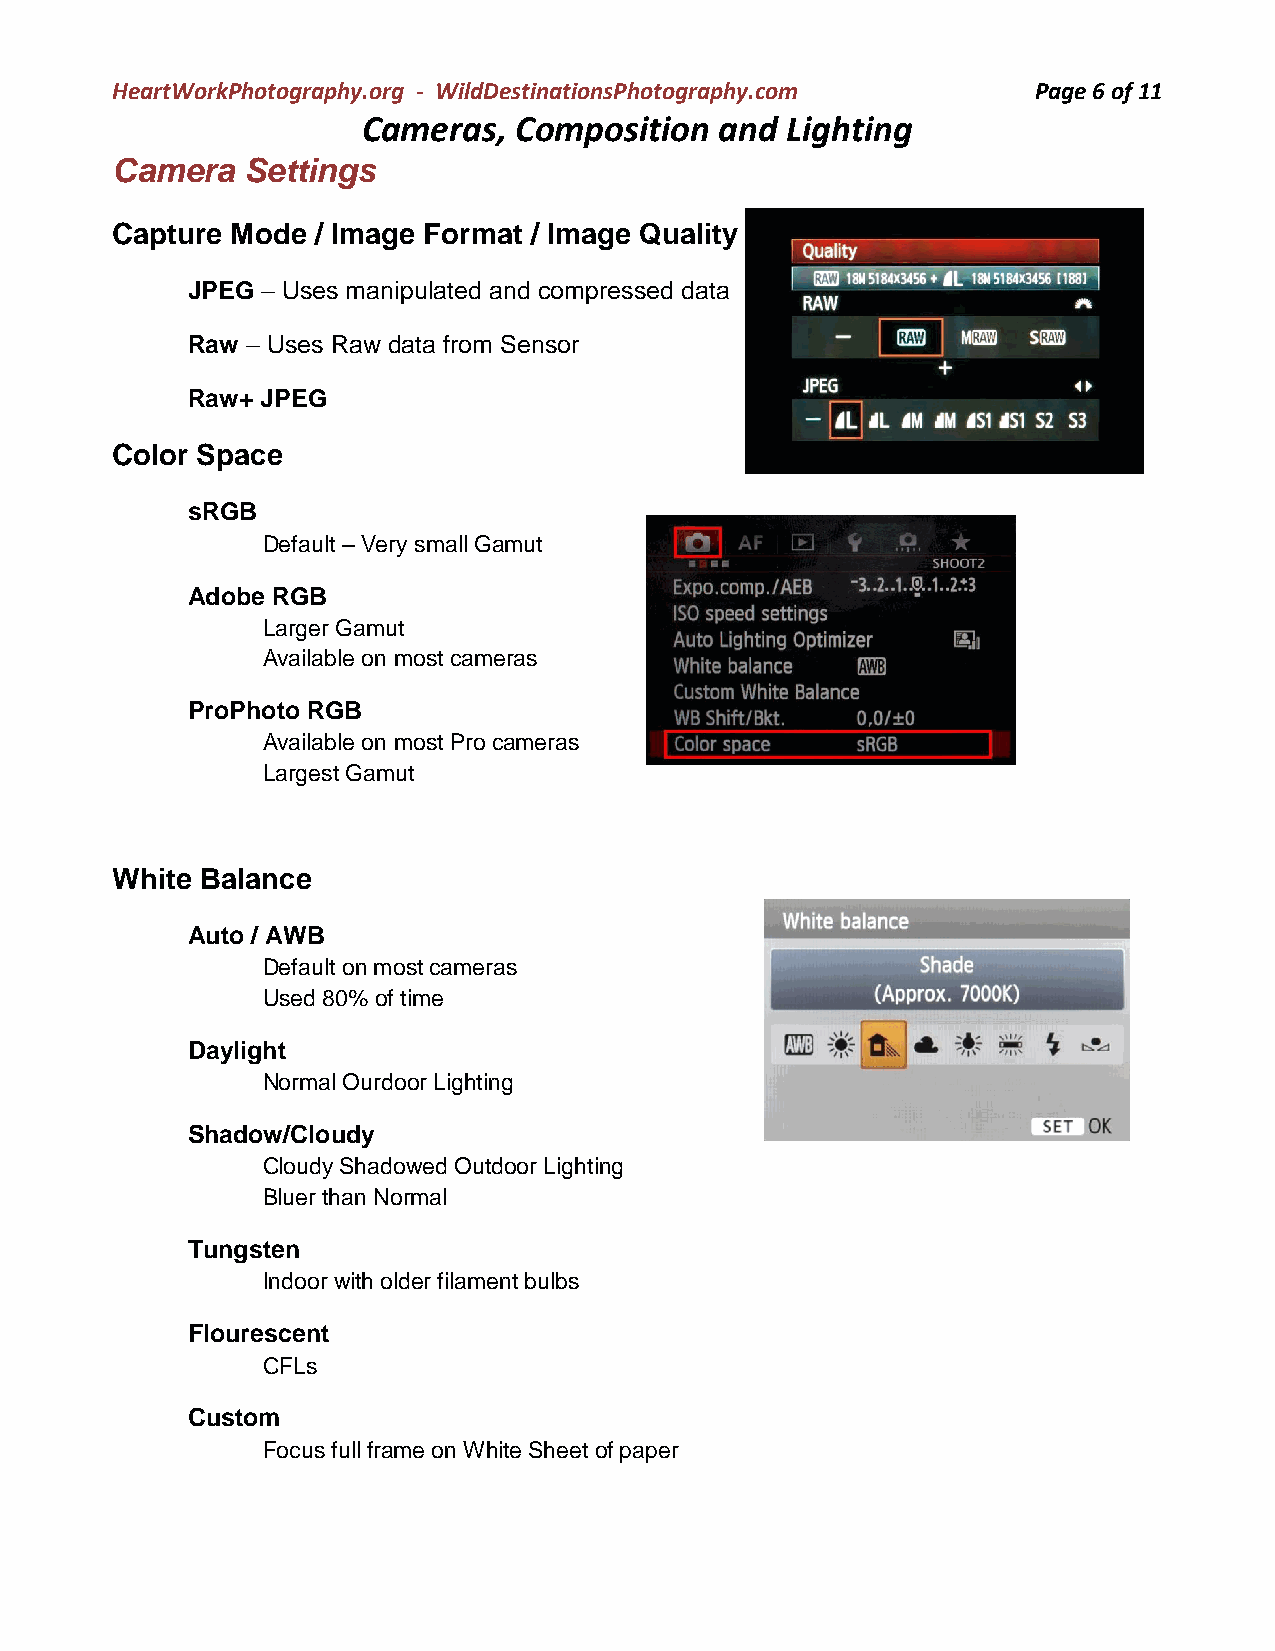
HeartWorkPhotography.org - WildDestinationsPhotography.com    Page 6 of 11
 Cameras,  Composition   and Lighting
 Camera   Settings
 Capture Mode  / Image Format / Image Quality
 JPEG – Uses manipulated and compressed data
 Raw – Uses Raw data from Sensor
 Raw+ JPEG
 Color Space
 sRGB
 Default – Very small Gamut
 Adobe RGB
 Larger Gamut
 Available on most cameras
 ProPhoto RGB
 Available on most Pro cameras
 Largest Gamut
 White Balance
 Auto / AWB
 Default on most cameras
 Used 80% of time
 Daylight
 Normal Ourdoor Lighting
 Shadow/Cloudy
 Cloudy Shadowed Outdoor Lighting
 Bluer than Normal
 Tungsten
 Indoor with older filament bulbs
 Flourescent
 CFLs
 Custom
 Focus full frame on White Sheet of paper